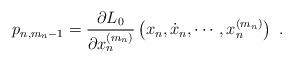
LaTeX: \begin{align*}p_{n,m_n-1}=\frac{\partial L_0}{\partial x_n^{(m_n)}}\left(x_n,\dot{x}_n,\cdots,x_n^{(m_n)}\right)\ .\end{align*}